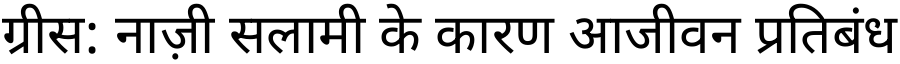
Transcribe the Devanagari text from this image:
ग्रीस: नाज़ी सलामी के कारण आजीवन प्रतिबंध